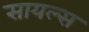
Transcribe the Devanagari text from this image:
सायल्स